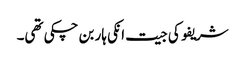
شریفو کی جیت انکی ہار بن چکی تھی۔